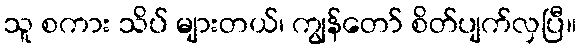
သူ စကား သိပ် များတယ်၊ ကျွန်တော် စိတ်ပျက်လှပြီ။